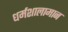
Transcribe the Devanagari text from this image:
धर्मशालामान